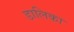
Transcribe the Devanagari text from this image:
डालिका